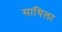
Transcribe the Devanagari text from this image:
साथिला